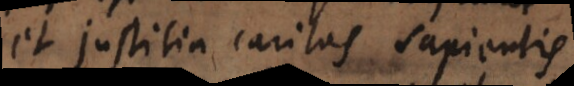
et justitia caritas sapientis.